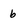
Character: 6